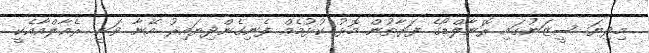
މިދިޔަ ސީޒަނުގައި ރޮނާލްޑޯގެ ފަރާތުން މޮޅު ކުޅުމެއް ފެނިގެންދިޔައިރު އޭނާ ވަނީ ރެއާލްއާއެކީ